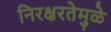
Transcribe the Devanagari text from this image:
निरक्षरतेमुळे